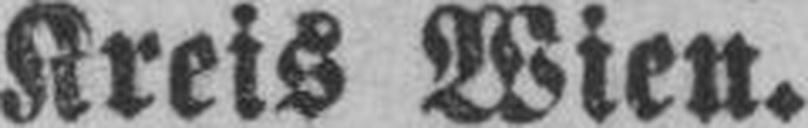
Kreis Wien.